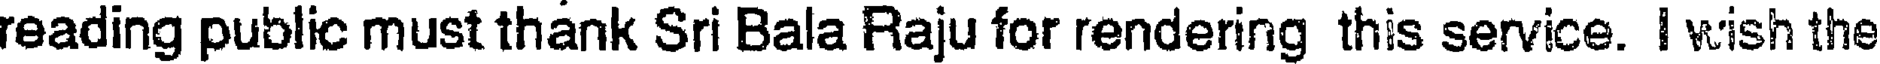
reading public must thank Sri Bala Raju for rendering this service. I wish the